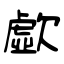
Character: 歔